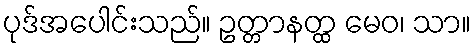
ပုဒ်အပေါင်းသည်။ ဥတ္တာနတ္ထ မေဝ၊ သာ။